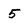
Character: 5